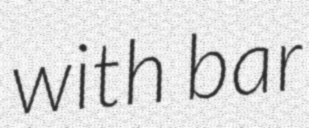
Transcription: with bar